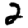
Digit: 2